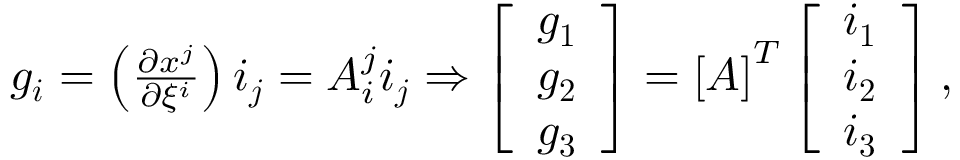
\begin{array} { r } { \boldsymbol { g _ { i } } = \left( \frac { \partial x ^ { j } } { \partial \xi ^ { i } } \right) \boldsymbol { i _ { j } } = A _ { i } ^ { j } \boldsymbol { i _ { j } } \Rightarrow \left[ \begin{array} { l } { \boldsymbol { g _ { 1 } } } \\ { \boldsymbol { g _ { 2 } } } \\ { \boldsymbol { g _ { 3 } } } \end{array} \right] = \left[ \boldsymbol { A } \right] ^ { T } \left[ \begin{array} { l } { \boldsymbol { i _ { 1 } } } \\ { \boldsymbol { i _ { 2 } } } \\ { \boldsymbol { i _ { 3 } } } \end{array} \right] , } \end{array}